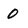
Character: 0